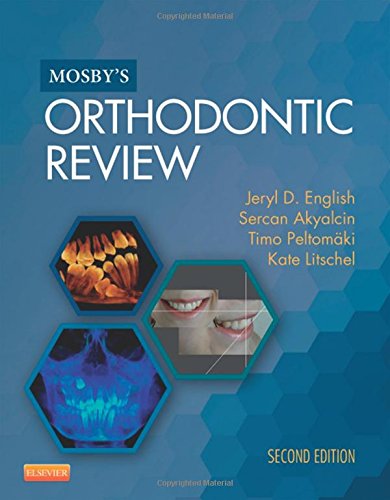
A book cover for Mosby's Orthodontic Review, 2e; Jeryl D. English DDS  MS; Medical Books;